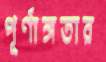
পূর্ণাঙ্গতার